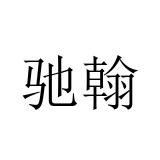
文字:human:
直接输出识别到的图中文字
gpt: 驰翰